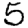
Digit: 5